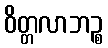
ဝိတ္တလာဘဉ္စ